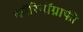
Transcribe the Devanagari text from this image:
कॉरियॉग्राफी